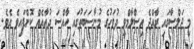
މި ޖަލްސާގައި ރާއްޖެ އިސްލާމްވީ ދުވަހުގެ މުނާސަބަތުގައި ހާއްސަ ދުއާއެއް ކޮށްފައިވެ އެވެ.